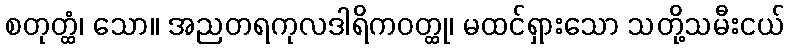
စတုတ္ထံ၊ သော။ အညတရကုလဒါရိကဝတ္ထု၊ မထင်ရှားသော သတို့သမီးငယ်